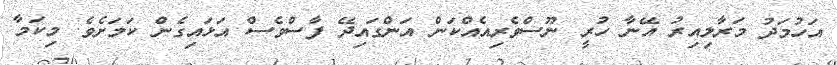
އަހުމަދު މަރާލިއިރު އޭނާ ހުރީ ނޫސްވެރިއެއްކަން އަންގައިދޭ ފާސްވެސް އަޅައިގެން ކަމަށެވެ. މިކަމާ